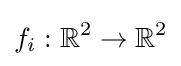
f_{i}:\mathbb {R} ^{2}\to \mathbb {R} ^{2}